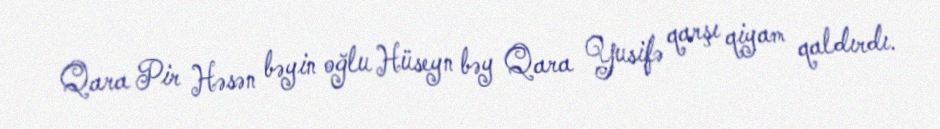
Qara Pir Həsən bəyin oğlu Hüseyn bəy Qara Yusifə qarşı qiyam qaldırdı.